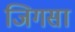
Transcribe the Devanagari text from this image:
जिगसा